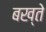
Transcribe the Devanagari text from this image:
बख्ते